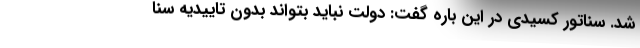
شد. سناتور کسیدی در این باره گفت: دولت نباید بتواند بدون تاییدیه سنا